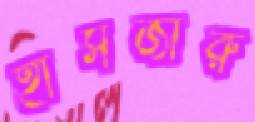
হাঁসজারু